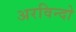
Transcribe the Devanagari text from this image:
अरविन्दो